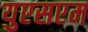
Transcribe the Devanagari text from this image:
युएसएम